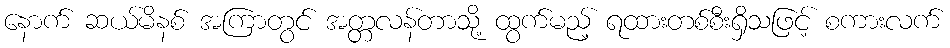
နောက် ဆယ်မိနစ် အကြာတွင် အတ္တလန်တာသို့ ထွက်မည့် ရထားတစ်စီးရှိသဖြင့် စကားလက်